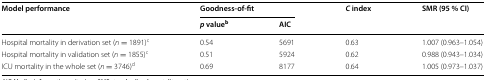
<table><thead><tr><td rowspan="2"><b>Model performance</b></td><td colspan="2"><b>Goodness-of-fit</b></td><td rowspan="2"><b><i>C</i> index</b></td><td rowspan="2"><b>SMR (95 % CI)</b></td></tr><tr><td><b><i>p</i> value<sup>b</sup></b></td><td><b>AIC</b></td></tr></thead><tbody><tr><td>Hospital mortality in derivation set (<i>n</i> = 1891)<sup>c</sup></td><td>0.54</td><td>5691</td><td>0.63</td><td>1.007 (0.963–1.054)</td></tr><tr><td>Hospital mortality in validation set (<i>n</i> = 1855)<sup>c</sup></td><td>0.51</td><td>5924</td><td>0.62</td><td>0.988 (0.943–1.034)</td></tr><tr><td>ICU mortality in the whole set (<i>n</i> = 3746)<sup>d</sup></td><td>0.69</td><td>8177</td><td>0.64</td><td>1.005 (0.973–1.037)</td></tr></tbody></table>